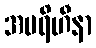
အပရိဟီနာ